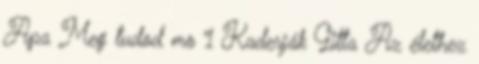
Apa Meg tudod mo 1 Kaderják Gitta Az élethez